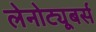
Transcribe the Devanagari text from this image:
लेनोट्यूबर्स